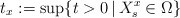
\begin{align*}t_x:=\sup\{t>0\,|\,X_s^x\in\Omega \}\end{align*}